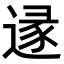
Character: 𨔡